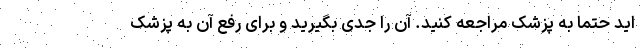
اید حتما به پزشک مراجعه کنید. آن را جدی بگیرید و برای رفع آن به پزشک